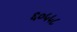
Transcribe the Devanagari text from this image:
६०५५८